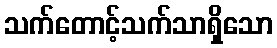
သက်တောင့်သက်သာရှိသော